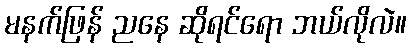
မနက်ဖြန် ညနေ ဆိုရင်ရော ဘယ်လိုလဲ။